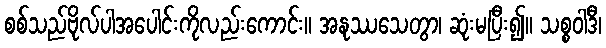
စစ်သည်ဗိုလ်ပါအပေါင်းကိုလည်းကောင်း။ အနုဿသေတွာ၊ ဆုံးမပြီး၍။ သစ္စဝါဒီ၊